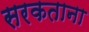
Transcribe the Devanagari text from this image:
सरकताना